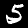
Digit: 5